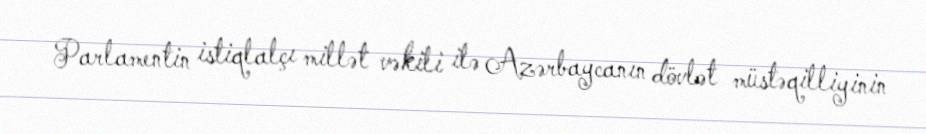
Parlamentin istiqlalçı millət vəkili ilə Azərbaycanın dövlət müstəqilliyinin